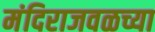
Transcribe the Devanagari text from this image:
मंदिराजवळच्या